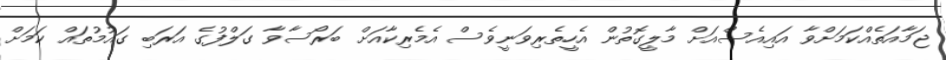
ޖަމާއަތެއްކަމަށްވާ އައިއެސްއަށް މާލީގޮތުން އެހީތެރިވަނީވެސް އެމެރިކާއަށް ބަރޯސާވާ ގަލްފުގެ އަރަބި ގައުމުތައް ކަމަށް